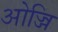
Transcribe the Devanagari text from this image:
ओज्जि